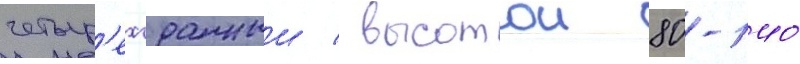
четыр'ехгранныи / высотои 80-140